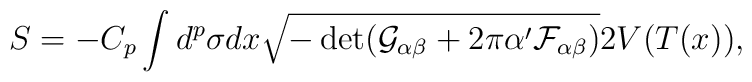
S=-C_p\int d^p\sigma dx \sqrt{-\det(\mathcal{G}_{\alpha\beta}+2\pi\alpha'\mathcal{F}_{\alpha\beta})}2V(T(x)),